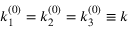
k _ { 1 } ^ { ( 0 ) } = k _ { 2 } ^ { ( 0 ) } = k _ { 3 } ^ { ( 0 ) } \equiv k